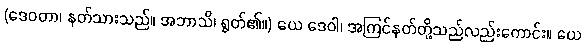
(ဒေဝတာ၊ နတ်သားသည်။ အဘာသိ၊ ရွတ်၏။) ယေ ဒေဝါ၊ အကြင်နတ်တို့သည်လည်းကောင်း။ ယေ